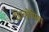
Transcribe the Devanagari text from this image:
डिप्लोपिया